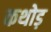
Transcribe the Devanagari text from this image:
कथोड़